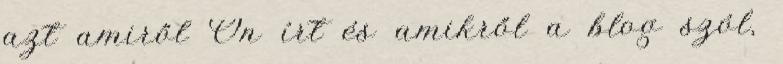
azt amiről Ön írt és amikről a blog szól,